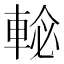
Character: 𨌕